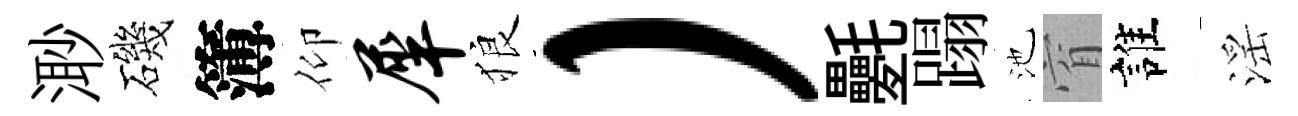
𣺌磯簿仰犀狼）氎蹋池窅誰滛